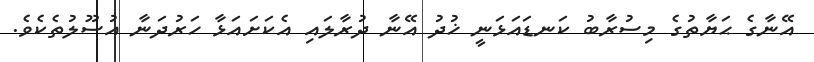
އޭނާގެ ޙަޔާތުގެ މިސުރާބު ކަނޑައަޅަނީ ޚުދު އޭނާ ދުރާލައި އެކަށައަޅާ ހަރުދަނާ އުސޫލުތެކެވެ.